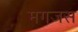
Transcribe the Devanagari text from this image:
मगजस